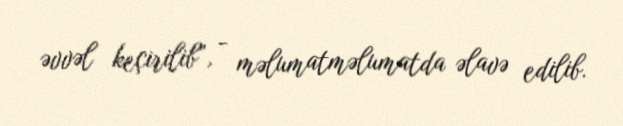
əvvəl keçirilib”, - məlumatməlumatda əlavə edilib.